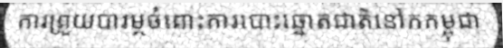
ការព្រួយបារម្ភចំពោះការបោះឆ្នោតជាតិនៅកកម្ពុជា